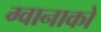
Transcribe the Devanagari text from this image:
ग्वानाको